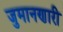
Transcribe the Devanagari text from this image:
जुमानणारी